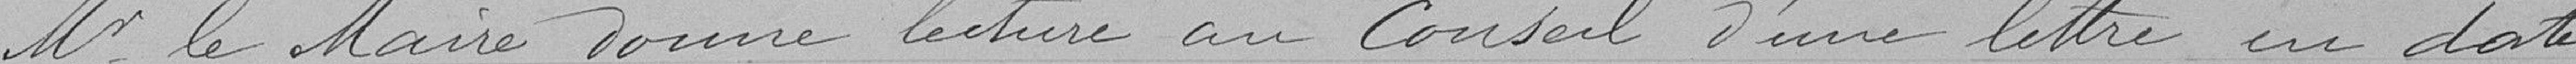
M. le Maire donne lecture au Conseil d'une lettre en date